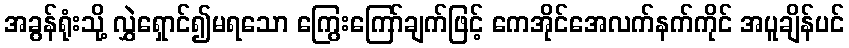
အခွန်ရုံးသို့ လွှဲရှောင်၍မရသော ကြွေးကြော်ချက်ဖြင့် ကေအိုင်အေလက်နက်ကိုင် အပူချိန်ပင်